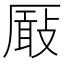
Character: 𠪬